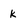
Character: k